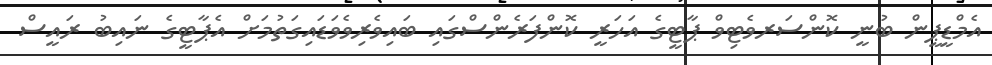
އެމްޑީޕީން ބުނީ ކޮންސަރވެޓިވް ޕާޓީގެ އަހަރީ ކޮންފަރެންސްގައި ބައިވެރިވެވަޑައިގަތުމަށް އެޕާޓީގެ ނައިބު ރައީސް